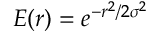
E ( r ) = e ^ { - r ^ { 2 } / 2 \sigma ^ { 2 } }